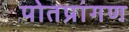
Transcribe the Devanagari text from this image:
पोतप्रांगण